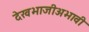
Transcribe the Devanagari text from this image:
देखभाजीअभावी